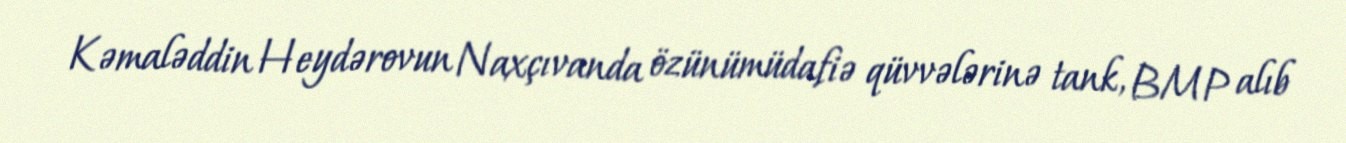
Kəmaləddin Heydərovun Naxçıvanda özünümüdafiə qüvvələrinə tank, BMP alıb